Morphology and life history of Herpetomonas culicis, Novy, MacNeal and Torrey - Number 57
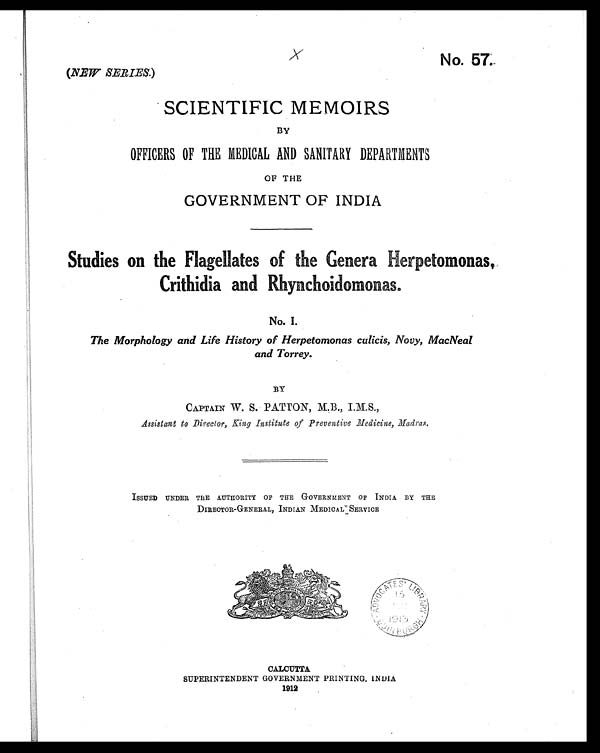
No. 57.
(NEW SERIES.)
SCIENTIFIC MEMOIRS
BY
OFFICERS OF THE MEDICAL AND SANITARY DEPARTMENTS
OF THE
GOVERNMENT OF INDIA
Studies on the Flagellates of the Genera Herpetomonas
Crithidia and Rhynchonas.
No. I.
The Morphology and Life History of Herpetomonas culicis, Novy, MacNeal
and Torrey.
BY
CAPTAIN W. S. PATTON, M.B., I.M.S.,
Assistant to Director, King Institute of Preventive Medicine, Madras.
ISSUED UNDER THE AUTHORITY OF THE GOVERNMENT OF INDIA. BY THE
DIRECTOR-GENERAL, INDIAN MEDICAL SERVICE
CALCUTTA
SUPERINTENDENT GOVERNMENT PRINTING, INDIA
1912